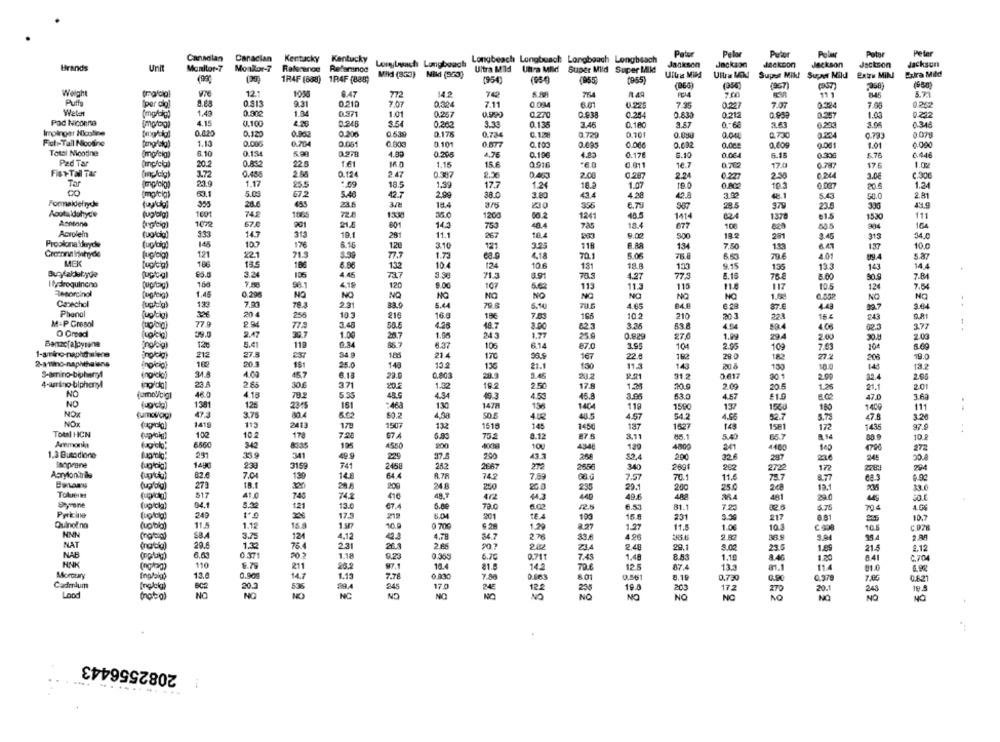
Pelor
Puter
Peler
Canaclan
Canadian
Kentucky
Kentucky
Longbeach Longbeach Longbeach Longbeach
Patur
Pelar
Brands
Und
Monitor-7
Lonybach Longbeach
Jackson
Jackcon
Jackson
Jackson
Jackson
Moakor-T
Refaminod
Mild (353) Mild (553)
Ultra Mld Uhra Mild
Super Mild Super Mld
Ultra Mild
Ultra MM
Super Mik! Super Mild
Extra Mill
Extra Mild
1R4F (688) 1R4F (888)
(954)
(05-0)
(965
(955)
(966)
(356)
(957)
Weight
121
1050
8.47
772
149
749
764
1.49
7.00
11 1
5.23
Puff
(per cio
0.513
9.31
0.210
0,324
7.11
0.034
6.01
0.225
7.9
0.227
7.07
0.324
0252
Weter
1.49
1.0
0.257
0.371
1.01
0.990
0.270
0.938
0.254
0.830
0.212
0.959
1.03
0.212
Pod Niconna
4.15
0.100
0.248
S.5
0.262
338
0.138
3.46
0.1.80
0:60
2.63
0.348
Implinger Nicoline
0.620
0.120
0.902
0.206
0.539
0.175
0.734
0.128
0 729
0.701
0.000
0.224
0 079
Fot.Tall Nicotine
0.793
1.13
0.005
0.704
0.051
0.803
0 101
0.577
0.100
0.695
0.000
0.602
0.00g
0,009
0.051
1.0
0.000
Total Nicotine
8.10
0.194
0.278
4.80
0.205
4,76
0.186
0.17€
6.10
0.064
6.18
0.308
5.7
6.448
Pad Tar
20.2
0.832
22.8
16
16.0
1.15
15.F
0.916
:60
0.702
1.02
0.011
1€.
17.0
0.787
17.6
Finy-Tall Tar
3.72
0.458
2 66
0.124
2.47
0.387
2.56
2.00
2.24
0,227
2.50
0.244
3.08
c.30€
Tar
23.9
1.17
25.5
1.09
18.
1.3
17.7
1.2€
18.3
1.07
10.3
0.007
20.5
1.24
co
(mg/cig)
63.1
5.0
67.2
5.40
42.7
2.9
38.0
3.80
434
4.28
3.m
2.8
48.1
5.4
50.0
Formaldefryde
28.
455
23.5
3/8
18.4
28.5
379
23.
336
Aoutaldahyde
(uplaig)
1001
74.2
1865
72.8
13:30
35.0
1200
124
48.5
1414
1378
e1.5
1530
111
Acetone
1072
901
21.
601
145
40.4
18.4
677
904
Acrolein
(ug/cig)
333
145
313
281
11.1
267
10.
9.00
291
3.45
313
34.0
Proolona duryde
145
10.
6.16
3.10
3.25
8.88
134
7.50
6.47
10.0
Cremona inhyde
176
120
121
718
133
137
121
22.
71.3
77.7
1.73
4.18
70.1
5.05
75.8
4.01
09.4
MEK
[upleg)
186
186
6.86
132
10
124
10.6
18
18.8
1.33
9.15
135
13.3
143
14.4
3.21
4.45
71.3
70.5
77,5
8.18
7.8
96.1
105
737
6.91
4.27
76.8
6.60
50.9
I reiroquineno
Qugreig)
4.18
120
9.00
107
5.6
113
11.3
115
117
12€
7.54
Teporcinol
1.45
NO
NO
NO
NO
NO
NO
NO
NO
NO
1.00
NO
NO
Catechol
123
23
83.9
5.44
79 8
78.6
4.65
B4B
87.6
..
78.3
Phanal
(wokig)
32€
20 4
256
103
216
16.0
18€
7.83
16/
10.2
210
303
22!
16 €
243
M+P Cresol
77.9
294
77.3
3.48
58.5
18.7
3.00
025
53.8
4.94
59.4
408
62.3
3.77
O Grad
09.0
2.47
20.7
1.04
25.0
1.00
24
1.77
0.829
270
1.99
29.4
200
2.03
120
5.41
2.34
部7
105
6.14
195
104
2.95
109
7.63
10
1-amino-naphthalene
212
27.
237
54 9
186
21.4
170
167
22.8
182
28.0
27%
208
19.
2-amino-naphthalens
26.
140
15.2
182
151
25.0
136
21.1
130
11.3
143
150
10.0
145
S-amino-biphami
(nościo)
4.00
457
6.18
22.0
0.803
28.
3.45
20.2
2.21
31.2
0.617
2.00
32.4
2.0
4-amino-blphenyl
23.
2.65
30.6
371
20.5
1.32
2.50
17
1.31
30.0
2.0g
20.5
20
NO
fumoVcigl
46.0
4.18
79.
21.1
5.3
48.5
4.34
4.50
46.8
3.95
53.0
4.57
47.0
3.6
NO
1381
125
2345
181
:463
130
1478
136
1404
119
1590
137
150g
180
1409
111
..
173
3.75
800
50.2
4.38
AUR
54.2
NOx
1419
119
2413
1507
4.57
3.79
47.8
3.20
132
1515
14
1450
187
1527
149
1581
172
1435
97
Total HCN
102
10.2
178
72
75€
8.12
87.5
8,11
80.1
5.40
66.7
10
Armonia
6560
340
8335
4500
100
4800
4400
195
4948
129
27
1.3 Butsdione
297
33.9
341
49.9
225
37.5
200
43.3
268
290
32€
297
34€
soprane
1490
233
3159
741
2458
282
2667
272
2556
340
2891
262
17
2083
29-
Acrylon trile
64.
R.78
82.6
7.04
130
148
74
7.89
7.57
11.6
75.7
8.7
68.3
279
18.
20.8
200
248
250
20.0
235
29.
25.0
2c
12.1
33.0
Tolernt
$17
748
74.
416
4/2
4.3
40
49.6
488
481
200
30.6
D-prone
(upcla)
04.1
5.32
13.
67.
6.02
6.53
121
72.0
81.
7.20
6.76
704
4.G
Pricing
249
17.5
219
6.0
201
100
231
217
8.81
10.7
Quinolno
(up big)
11.5
1.1
15.8
10.9
1.29
2.27
197
11.
1.00
10.3
C978
HNN
SB.A
3.75
4.12
4.7
54.7
2.78
121
33.
4.26
3.94
2 8
NAT
(natig)
29.6
1.32
76.4
23
20.
207
282
23.4
29.1
5.00
21.6
1.85
21.5
2.12
NAB
6.63
0.37
1.18
9.23
0.355
6.70
0.711
7.43
1.48
8.53
1.10
8.46
1.20
8.41
C.704
110
6.75
81.5
14.2
12.5
11
211
20.2
81.1
81.0
6.98
Morotry
Inglaig)
13.0
0.900
14.7
1.19
7.78
0.830
7.8
o res
801
0.561
8.15
0.730
0.90
0,378
7,0
0.6.21
Cadmium
20.1
245
17.
24E
203
17.2
243
Lood
NO
NO
122
236
10.0
270
20.1
NO
NO
NO
NO
NO
NO
NO
NO
NO
NO
NO
NO
2082556443